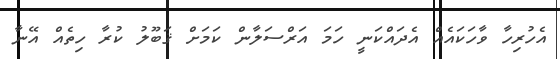
އެހުރިހާ ވާހަކައެއް އެދައްކަނީ ހަމަ އަރްސަލާން ކަމަށް ޤަބޫލު ކުރާ ހިތެއް އޭނާ